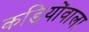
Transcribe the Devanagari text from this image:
कड़ियोंवाला